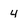
Character: 4